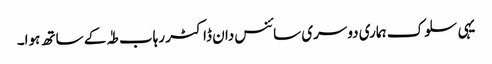
یہی سلوک ہماری دوسری سائنس دان ڈاکٹر رہاب طہٰ کے ساتھ ہوا۔